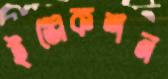
ইঞ্জেকশন